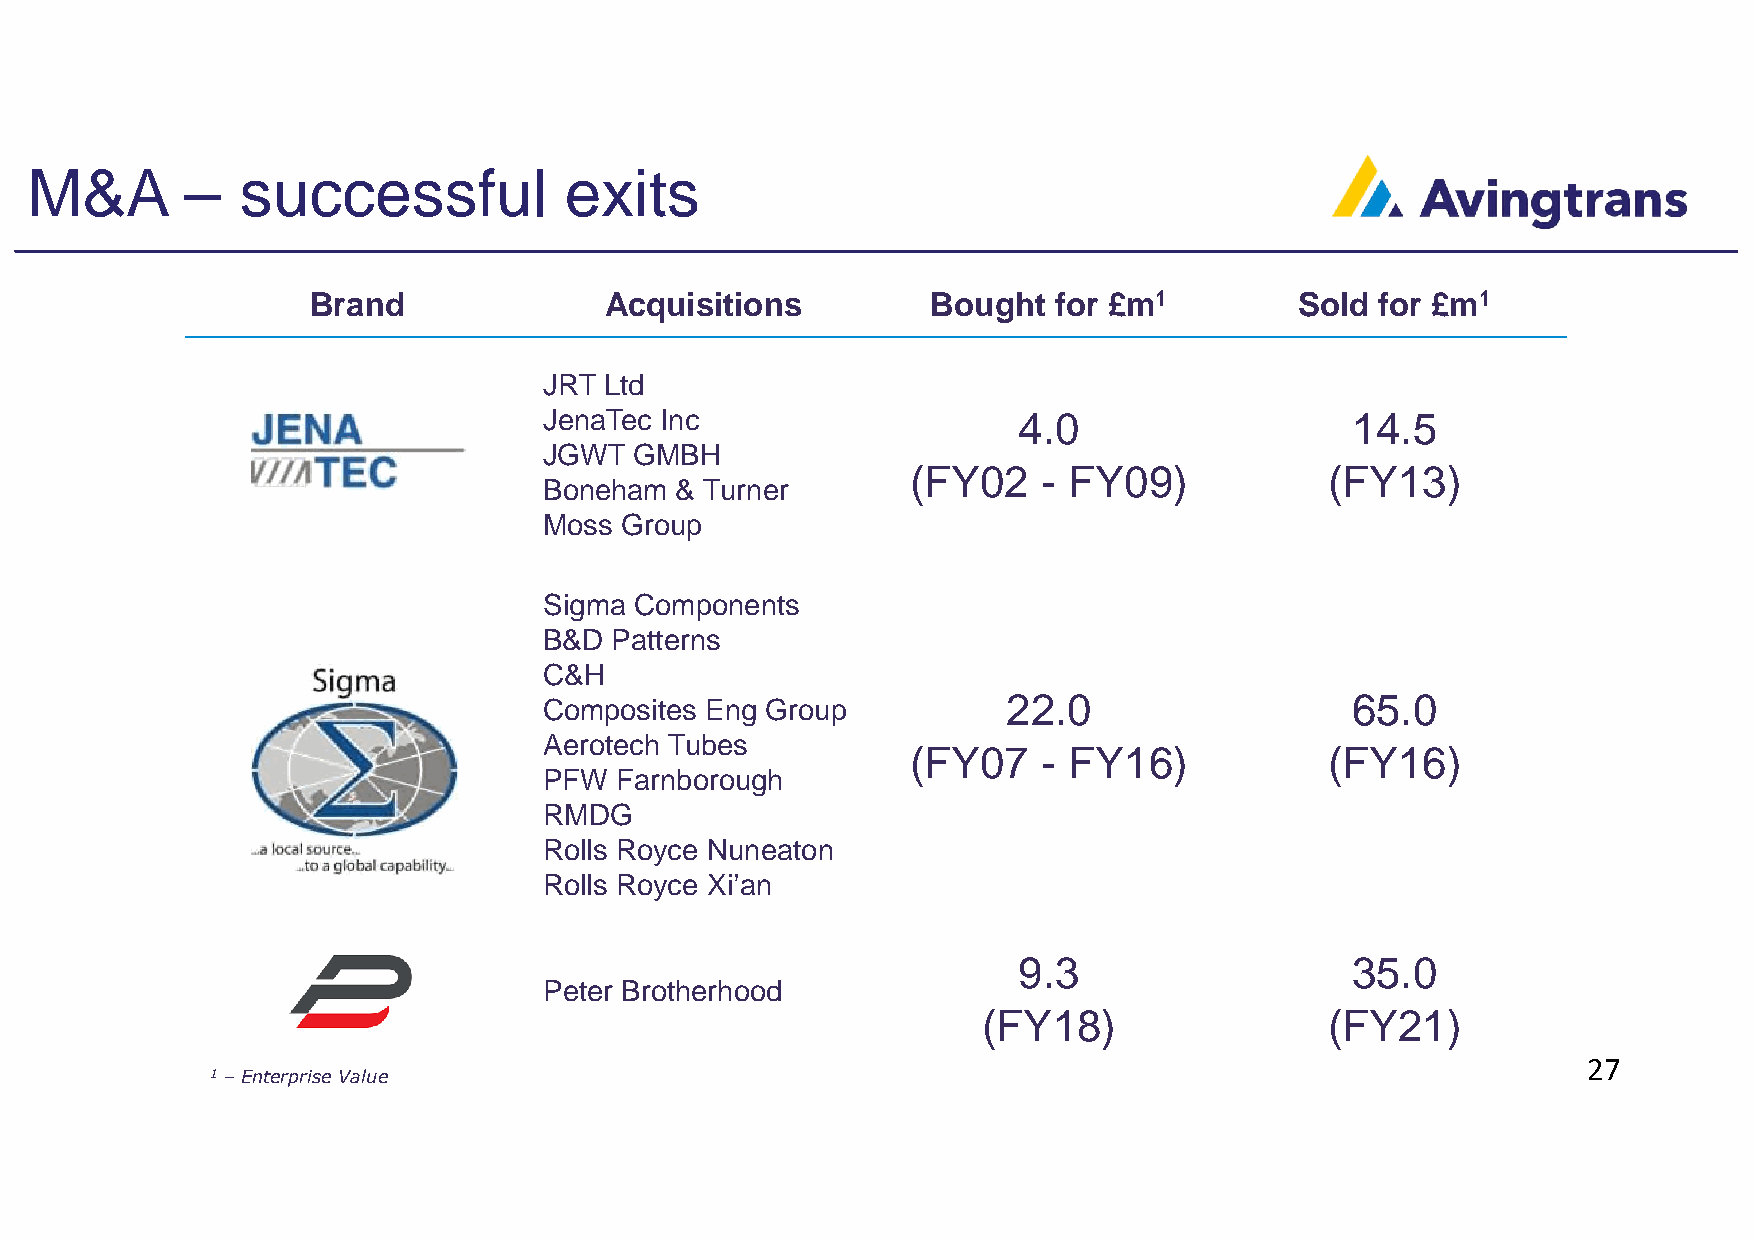
M&A       –   successful           exits
 Brand              Acquisitions          Bought  for £m1         Sold for £m1
 JRT Ltd
 JenaTec Inc                    4.0                   14.5
 JGWT  GMBH
 (FY02    - FY09)            (FY13)
 Boneham  & Turner
 Moss Group
 Sigma Components
 B&D Patterns
 C&H
 Composites Eng Group           22.0                  65.0
 Aerotech Tubes
 (FY07    - FY16)            (FY16)
 PFW  Farnborough
 RMDG
 Rolls Royce Nuneaton
 Rolls Royce Xi’an
 9.3                   35.0
 Peter Brotherhood
 (FY18)                 (FY21)
 27
 1–Enterprise Value